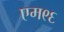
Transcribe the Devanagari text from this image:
एम९६